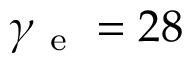
\gamma _ { \mathrm { ~ e ~ } } = 2 8